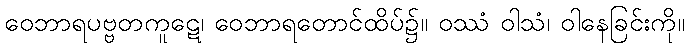
ဝေဘာရပဗ္ဗတကူဋေ၊ ဝေဘာရတောင်ထိပ်၌။ ဝဿံ ဝါသံ၊ ဝါနေခြင်းကို။